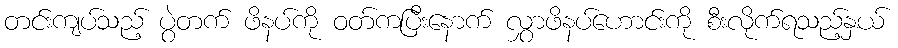
တင်းကျပ်သည့် ပွဲတက် ဖိနပ်ကို ဝတ်ကပြီးနောက် လွှာဖိနပ်ဟောင်းကို စီးလိုက်ရသည့်နှယ်